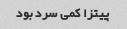
پیتزا کمی سرد بود